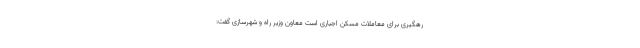
رهگیری برای معاملات مسکن اجباری است معاون وزیر راه و شهرسازی گفت: